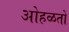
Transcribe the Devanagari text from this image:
ओहळतो